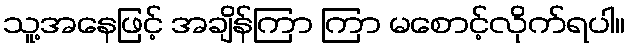
သူ့အနေဖြင့် အချိန်ကြာ ကြာ မစောင့်လိုက်ရပါ။